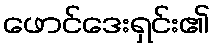
ဖောင်ဒေးရှင်း၏